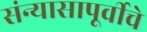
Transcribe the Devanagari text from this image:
संन्यासापूर्वीचे